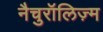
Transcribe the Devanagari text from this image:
नैचुरॉलिज़्म